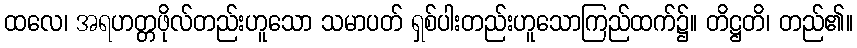
ထလေ၊ အရဟတ္တဖိုလ်တည်းဟူသော သမာပတ် ရှစ်ပါးတည်းဟူသောကြည်ထက်၌။ တိဋ္ဌတိ၊ တည်၏။